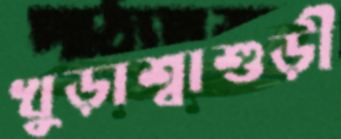
খুড়াশ্বাশুড়ী